Vital statistics of India. Vol. VI, European troops 1870-79
Year: 1870
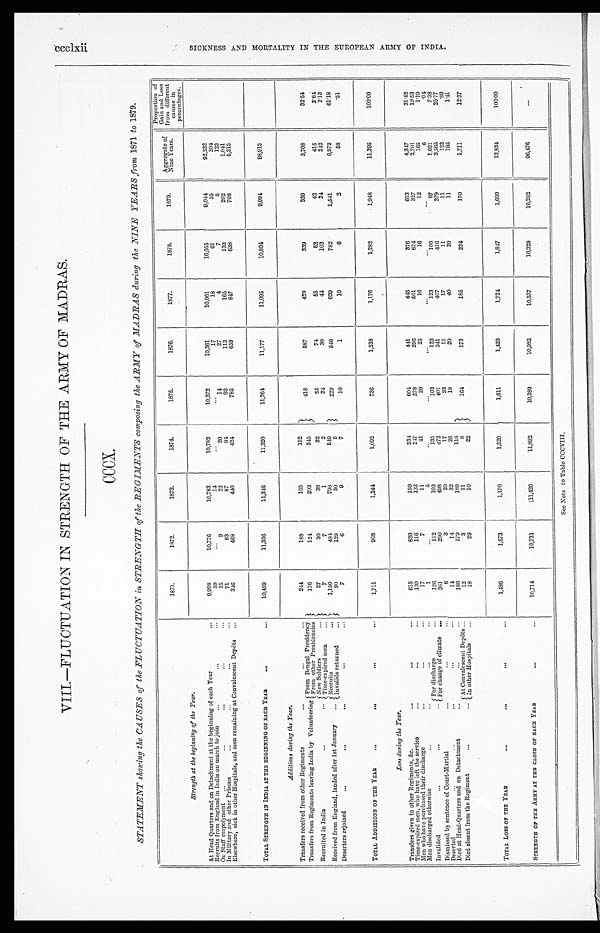
VIII.—FLUCTUATION IN STRENGTH OF THE ARMY OF MADRAS.
CCCX.
STATEMENT showing the CAUSES of the FLUCTUATION in STRENGTH of the REGIMENTS composing the ARMY of MADRAS during the NINE YEARS from 1871 to 1879.
1871.
1872.
1873.
1 8 7 4 .
1875.
1876.
1877.
1878.
1879.
Aggregate of
Nine Years.
Proportion of
Gain and Loss
from different
causes in
percentages.
Strength at the beginning of the Year.
At Head Quarters and on Detachment at the beginning of each Year
...
9,998
10,776
10,783
10,782
10,372
10,361
10,061
10,055
9, 044
92,232
Recruits from England in India on march to join ...
. . .
. . .
59
. . .
14
. . .
. . .
17
18
61
35
2 0 4
On Staff empolyment ...
...
...
...
. . .
15
9
22
20
14
27
4
7
5
123
In Military and other Prisons
. . .
. . .
. . .
. . .
71
83
87
9 4
93
113
165
133
202
1,041
Elsewhere, sick in other Hospitals, and men remaining at Convalescent Depôts ...
3 4 6
468
4 4 0
424
785
659
847
638
708
5,315
TOTAL STRENGTH IN INDIA AT THE BEGINNING OF EACH YEAR
. . .
...
10,489
11,336
11,346
11,320
11,264
11,177
11,095
10,894
9 , 9 9 4
98, 915
Additions during the Year.
Transfers received from other Regiments
...
. . .
. . .
244
188
165
152
418
587
428
339
339
3,708
3 2 . 5 4
Transfers from Regiments leaving India by Volunteering
F r o m B e n g a l P r e s i d e n c y
176
124
203
3 4 5
From other Presidencies
Recruited in India
...
. . . New Soldiers
. . .
37
30
38
32
55
74
55
52
42
415
3 . 6 4
Time-expired men
. . .
7
7
1
2
24
30
44
103
24
2 4 2
2.13
Received from England, landed after 1st January
...
R e c r u i t s . . .
1,150
484
798
549
229
5 4 6
639
782
1,541
6,972
6 1 . 1 8
Invalids returned
. . .
90
129
30
5
Deserters rejoined
. . .
. . .
. . .
...
. . .
7
6
9
7
10
1
10
6
2
5 8
.51
TOTAL ADDITIONS OF THE YEAR
. . .
. . .
. . . ...
1,711
968
1,244
1,092
736
1,238
1,176
1,282
1,948
11,395
1 0 0 . 0 0
Loss during the Year.
Transfers given to other Regiments, &c.
. . .
. . .
. . .
615
820
159
2 3 4
6 0 4
441
445
376
653
4, 347
3 1 . 4 2
Time-expired men, who have left the service
. . .
. . .
. . .
130
116
132
2 4 7
278
296
501
674
327
2,701
1 9 . 5 3
Men who have purchased their discharge
...
...
...
17
7
11
41
20
25
16
16
12
165
1 . 1 9
Men discharged otherwise
. . .
. . .
. . .
. . .
1
. . .
5
. . .
...
...
...
. . .
...
6
.04
Invalided
...
...
. . .
F o r d i s c h a r g e
. . .
126
112
103
135
103
122
123
100
97
1, 021
7 . 3 8
For change of climate ...
3 6 1
290
498
472
401
341
407
416
379
3,565
25. 7 7
Dismissed by sentence of Court-Martial
...
. . . . . .
6
3
20
17
23
15
17
11
11
123
.89
Deserted
...
. . .
. . .
...
...
14
14
32
26
18
20
40
20
11
195
1 . 4 1
Died at Head-Quarters and on Detachment
. . .
. . .
. . .
186
179
189
118
164
173
185
234
170
1,711
1 2 . 3 7
Died absent from the Regiment
. . .
. . . At Convalescent Depôts ...
12
3
11
8
In other Hospitals
. . .
1 8
29
10
22
TOTAL LOSS OF THE YEAR
. . .
. . .
. . .
. . .
1,486
1,573
1,170
1,320
1,611
1,433
1 , 7 3 4
1,847
1,660
13, 834
1 0 0 . 0 0
STRENGTH OF THE ARMY AT THE CLOSE OF EACH YEAR
. . . ...
10,714
10,731
11,420
11,092
10,389
10,982
10,537
10,329
10,282
96,476
. . .
See Note to Table CCCVIII.
c c c l x i i S I C K N E S S A N D M O R T A L I T Y I N T H E E U R O P E A N A R M Y O F I N D I A .